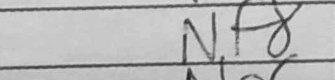
Transcription: Nf8